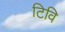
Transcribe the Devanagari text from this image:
टिवि